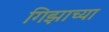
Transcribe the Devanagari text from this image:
गिझाच्या